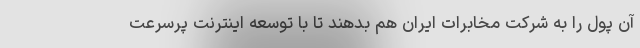
آن پول را به شرکت مخابرات ایران هم بدهند تا با توسعه اینترنت پرسرعت